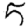
Digit: 5